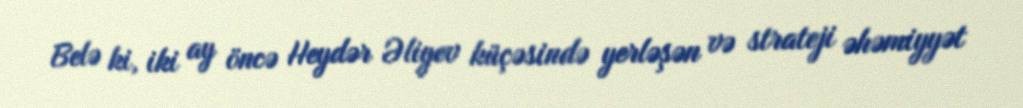
Belə ki, iki ay öncə Heydər Əliyev küçəsində yerləşən və strateji əhəmiyyət